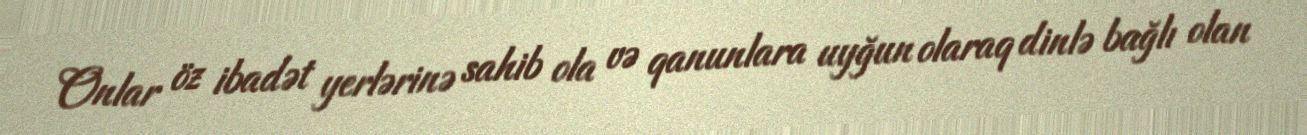
Onlar öz ibadət yerlərinə sahib ola və qanunlara uyğun olaraq dinlə bağlı olan